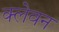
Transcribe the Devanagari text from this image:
क्लेवन